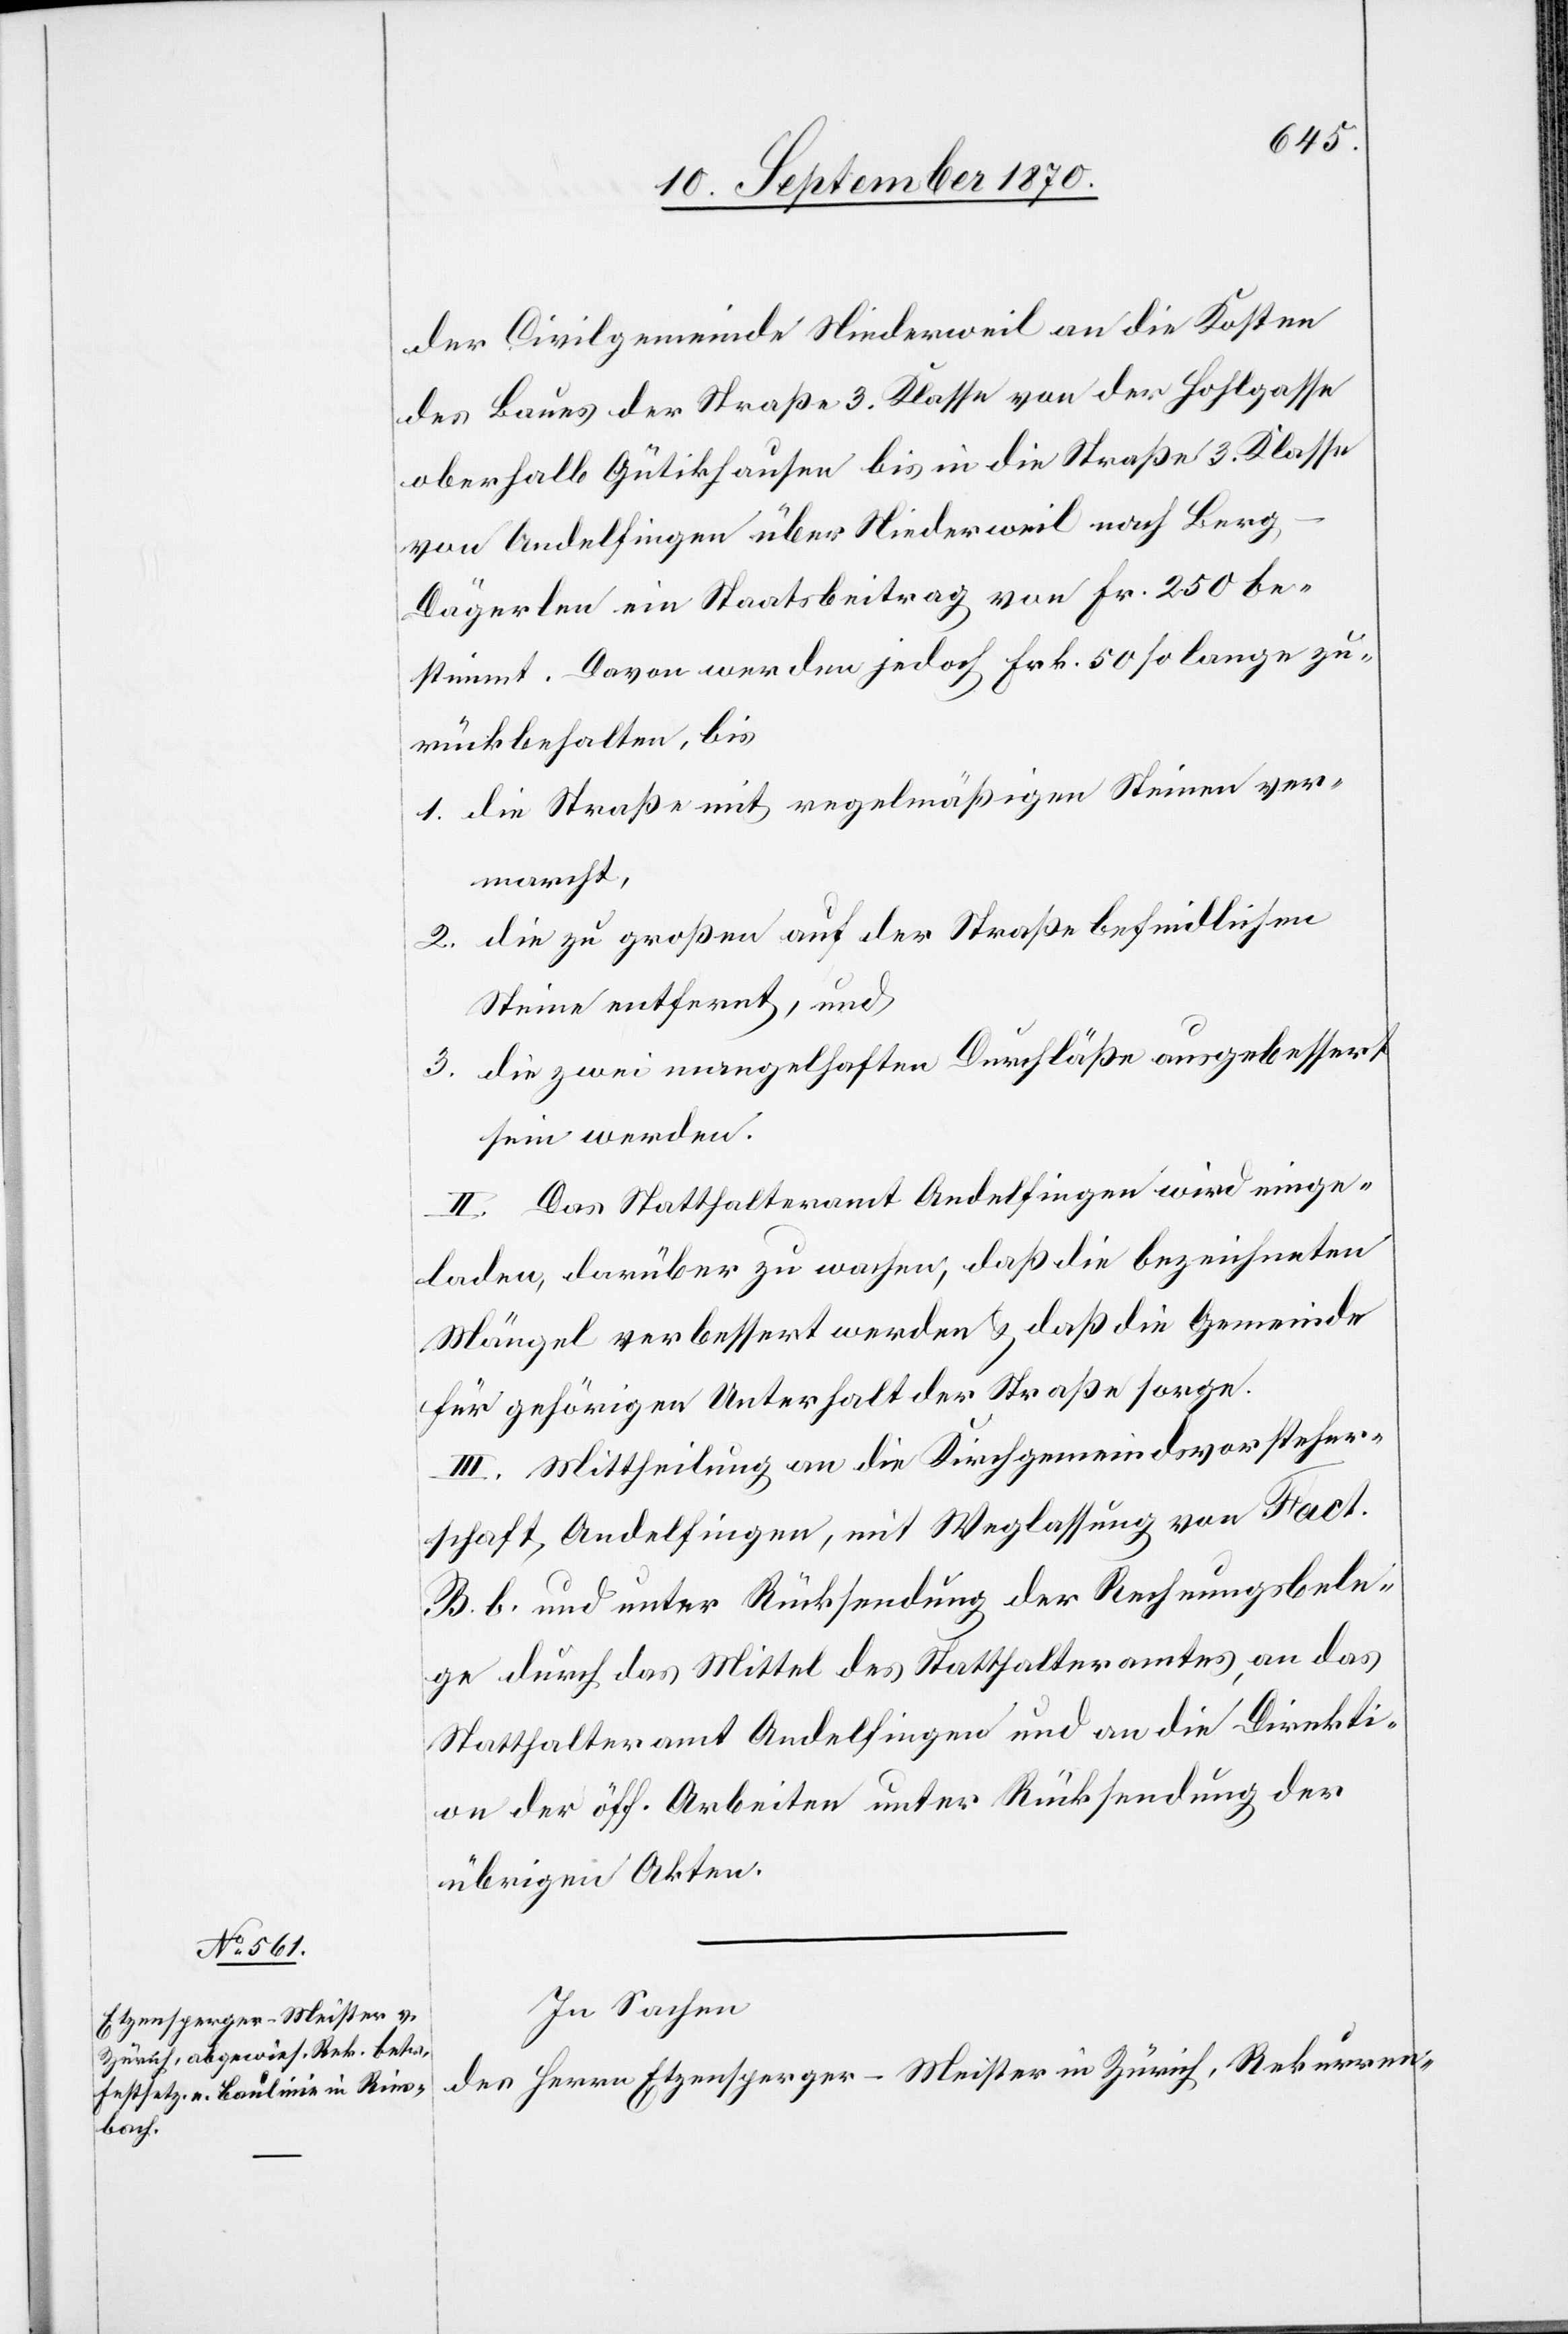
der Civilgemeinde Niederweil an die Kosten
des Baues der Straße 3. Klasse von der Hohlgasse
oberhalb Gütikhausen bis in die Straße 3. klasse
von Andelfingen über Niederweil nach Berg
Dägerlen ein Staatsbeitrag von Fr. 250 be¬
stimmt. Davon werden jedoch Frk. 50 so lange zu¬
rückbehalten, bis
1. die Straße mit regelmäßigen Steinen ver¬
marcht,
2. die zu großen auf der Straße befindlichen
Steine entfernt, und
3. die zwei mangelhaften Durchläße ausgebessert
sein werden.
II. Das Statthalteramt Andelfingen wird einge¬
laden, darüber zu wachen, daß die bezeichneten
Mängel verbessert werden & daß die Gemeinde
für gehörigen Unterhalt der Straße sorge.
III. Mittheilung an die Kirchgemeindsvorsteher¬
schaft Andelfingen, mit Weglassung von Fact.
B b. und unter Rücksendung der Rechnungsbele¬
ge durch das Mittel des Statthalteramtes an das
Statthalteramt Andelfingen und an die Direkti¬
on der öff. Arbeiten unter Rücksendung der
übrigen Akten.
In Sachen
des Herrn Etzensperger-Meister in Zürich, Rekurren-